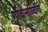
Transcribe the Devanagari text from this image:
गविनोविच